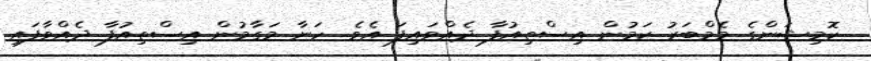
ކޮމިޝަންގެ މެމްބަރު ކަމުން އިސްތިއުފާ ދެއްވައިފަ އެވެ. ހަނާ މަގާމުން އިސްތިއުފާ ދެއްވާފައި